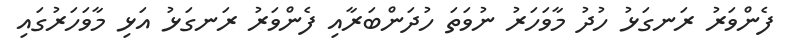
ފެންވަރު ރަނގަޅު ހުދު މާވަހަރު ނުވަތަ ހުދަންބަރާއި ފެންވަރު ރަނގަޅު އަޅި މާވަހަރުގައި